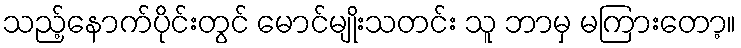
သည့်နောက်ပိုင်းတွင် မောင်မျိုးသတင်း သူ ဘာမှ မကြားတော့။